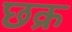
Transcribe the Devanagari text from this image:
छक्र